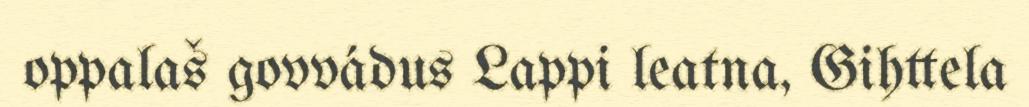
oppalaš govvádus Lappi leatna, Gihttela